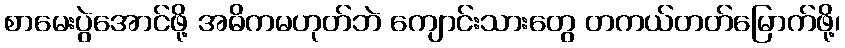
စာမေးပွဲအောင်ဖို့ အဓိကမဟုတ်ဘဲ ကျောင်းသားတွေ တကယ်တတ်မြောက်ဖို့၊